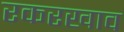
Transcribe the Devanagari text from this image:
रकरखाव